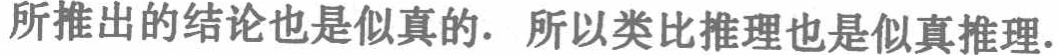
所推出的结论也是似真的. 所以类比推理也是似真推理.